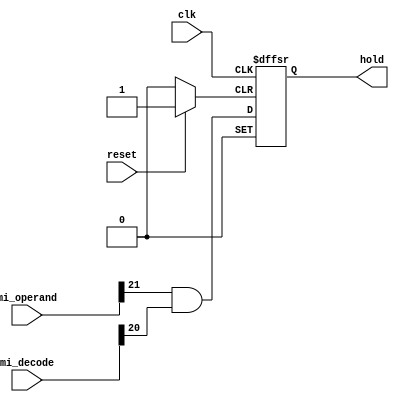
module uc_memory_dependency(
	reset,
	clk,
	mi_decode,
	mi_operand,
	hold
);


input wire	reset;
input wire	clk;
input wire	[32:0] mi_decode;
input wire	[32:0] mi_operand;
output reg	hold;

wire	SYNTHESIZED_WIRE_0;
wire	SYNTHESIZED_WIRE_1;
wire	SYNTHESIZED_WIRE_2;
wire	SYNTHESIZED_WIRE_3;

assign	SYNTHESIZED_WIRE_0 = 1;
assign	SYNTHESIZED_WIRE_3 = 1;



assign	SYNTHESIZED_WIRE_2 = mi_operand[21] & mi_decode[20];


always@(posedge clk or negedge SYNTHESIZED_WIRE_1 or negedge SYNTHESIZED_WIRE_0)
begin
if (!SYNTHESIZED_WIRE_1)
	begin
	hold <= 0;
	end
else
if (!SYNTHESIZED_WIRE_0)
	begin
	hold <= 1;
	end
else
if (SYNTHESIZED_WIRE_3)
	begin
	hold <= SYNTHESIZED_WIRE_2;
	end
end

assign	SYNTHESIZED_WIRE_1 =  ~reset;




endmodule